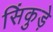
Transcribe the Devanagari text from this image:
सिंकुड़े